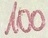
Text: 100